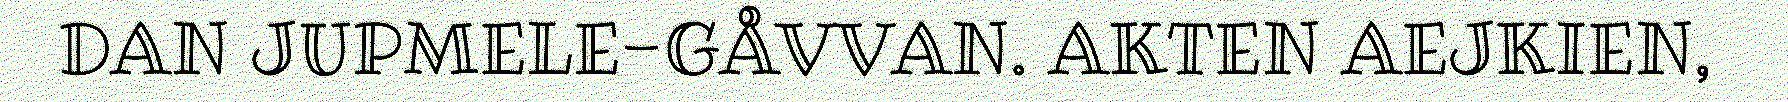
DAN JUPMELE-GÅVVAN. AKTEN AEJKIEN,